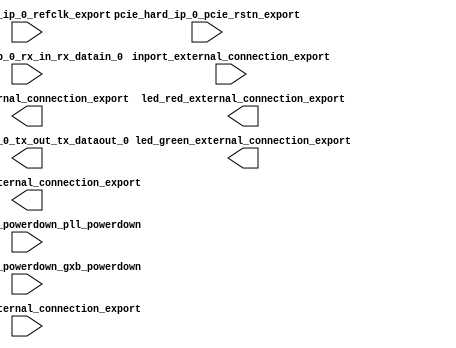

module pcihellocore (
	hex_display_external_connection_export,
	hexport_external_connection_export,
	inport_external_connection_export,
	led_green_external_connection_export,
	led_red_external_connection_export,
	pcie_hard_ip_0_pcie_rstn_export,
	pcie_hard_ip_0_powerdown_pll_powerdown,
	pcie_hard_ip_0_powerdown_gxb_powerdown,
	pcie_hard_ip_0_refclk_export,
	pcie_hard_ip_0_rx_in_rx_datain_0,
	pcie_hard_ip_0_tx_out_tx_dataout_0,
	push_button_external_connection_export);	

	output	[31:0]	hex_display_external_connection_export;
	output	[31:0]	hexport_external_connection_export;
	input	[31:0]	inport_external_connection_export;
	output	[31:0]	led_green_external_connection_export;
	output	[31:0]	led_red_external_connection_export;
	input		pcie_hard_ip_0_pcie_rstn_export;
	input		pcie_hard_ip_0_powerdown_pll_powerdown;
	input		pcie_hard_ip_0_powerdown_gxb_powerdown;
	input		pcie_hard_ip_0_refclk_export;
	input		pcie_hard_ip_0_rx_in_rx_datain_0;
	output		pcie_hard_ip_0_tx_out_tx_dataout_0;
	input	[31:0]	push_button_external_connection_export;
endmodule